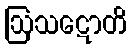
ဩသဋောတိ